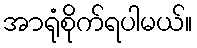
အာရုံစိုက်ရပါမယ်။